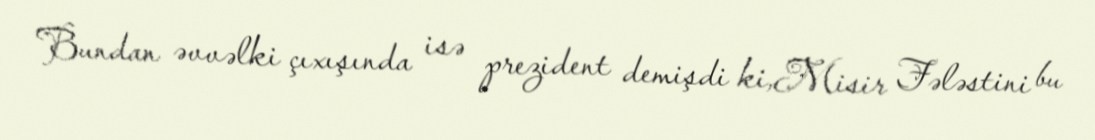
Bundan əvvəlki çıxışında isə prezident demişdi ki,Misir Fələstini bu